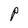
Character: P